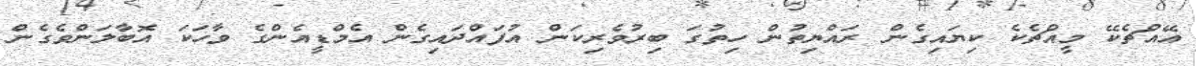
އޭއްޗެކޭ މީއްޗެކެ ކިޔައިގެން ރައްޔިތުން ހިތުގަ ބިރުވެރިކަން އުފައްދައިގެން އެމްޑީއެންގެ ވާހަކަ އޮބާލަންވެގެން